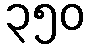
၃၅၀